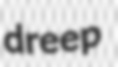
dreep